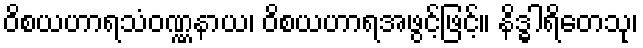
ဝိစယဟာရသံဝဏ္ဏနာယ၊ ဝိစယဟာရအဖွင့်ဖြင့်။ နိဒ္ဓါရိတေသု၊